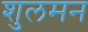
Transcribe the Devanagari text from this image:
शुलमन